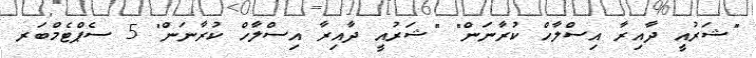
"ޝަރުއީ ދާއިރާ އިސްލާހް ކުރާނަން" "ޝަރުއީ ދާއިރާ އިސްލާހް ކުރާނަން" 5 ސެޕްޓެމްބަރ